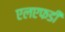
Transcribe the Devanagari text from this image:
एलएफडी